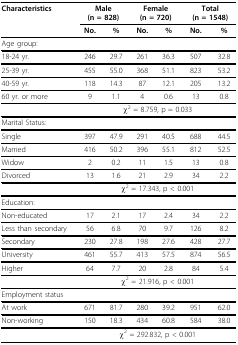
| Characteristics | <COLSPAN=2> Male(n = 828) | <COLSPAN=2> Female (n = 720) | <COLSPAN=2> Total (n = 1548) |
 |  | No. | % | No. | % | No. | % |
 | --- | --- | --- | --- | --- | --- | --- |
 | Age group: |  |  |  |  |  |  |
 | 18-24 yr. | 246 | 29.7 | 261 | 36.3 | 507 | 32.8 |
 | 25-39 yr. | 455 | 55.0 | 368 | 51.1 | 823 | 53.2 |
 | 40-59 yr. | 118 | 14.3 | 87 | 12.1 | 205 | 13.2 |
 | 60 yr. or more | 9 | 1.1 | 4 | 0.6 | 13 | 0.8 |
 |  | <COLSPAN=6> χ2 = 8.759, p = 0.033 |
 | Marital Status: |  |  |  |  |  |  |
 | Single | 397 | 47.9 | 291 | 40.5 | 688 | 44.5 |
 | Married | 416 | 50.2 | 396 | 55.1 | 812 | 52.5 |
 | Widow | 2 | 0.2 | 11 | 1.5 | 13 | 0.8 |
 | Divorced | 13 | 1.6 | 21 | 2.9 | 34 | 2.2 |
 |  | <COLSPAN=6> χ2 = 17.343, p < 0.001 |
 | Education: |  |  |  |  |  |  |
 | Non-educated | 17 | 2.1 | 17 | 2.4 | 34 | 2.2 |
 | Less than secondary | 56 | 6.8 | 70 | 9.7 | 126 | 8.2 |
 | Secondary | 230 | 27.8 | 198 | 27.6 | 428 | 27.7 |
 | University | 461 | 55.7 | 413 | 57.5 | 874 | 56.5 |
 | Higher | 64 | 7.7 | 20 | 2.8 | 84 | 5.4 |
 |  | <COLSPAN=6> χ2 = 21.916, p < 0.001 |
 | Employment status |  |  |  |  |  |  |
 | At work | 671 | 81.7 | 280 | 39.2 | 951 | 62.0 |
 | Non-working | 150 | 18.3 | 434 | 60.8 | 584 | 38.0 |
 |  | <COLSPAN=6> χ2 = 292.832,p < 0.001 |